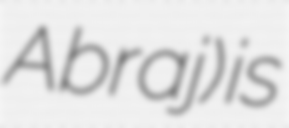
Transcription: Abraj) is